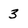
Character: 3